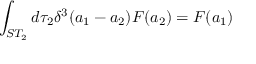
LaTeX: \int _ { S T _ { 2 } } d \tau _ { 2 } \delta ^ { 3 } ( a _ { 1 } - a _ { 2 } ) F ( a _ { 2 } ) = F ( a _ { 1 } )